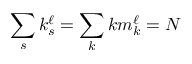
\sum _ { s } k _ { s } ^ { \ell } = \sum _ { k } k m _ { k } ^ { \ell } = N